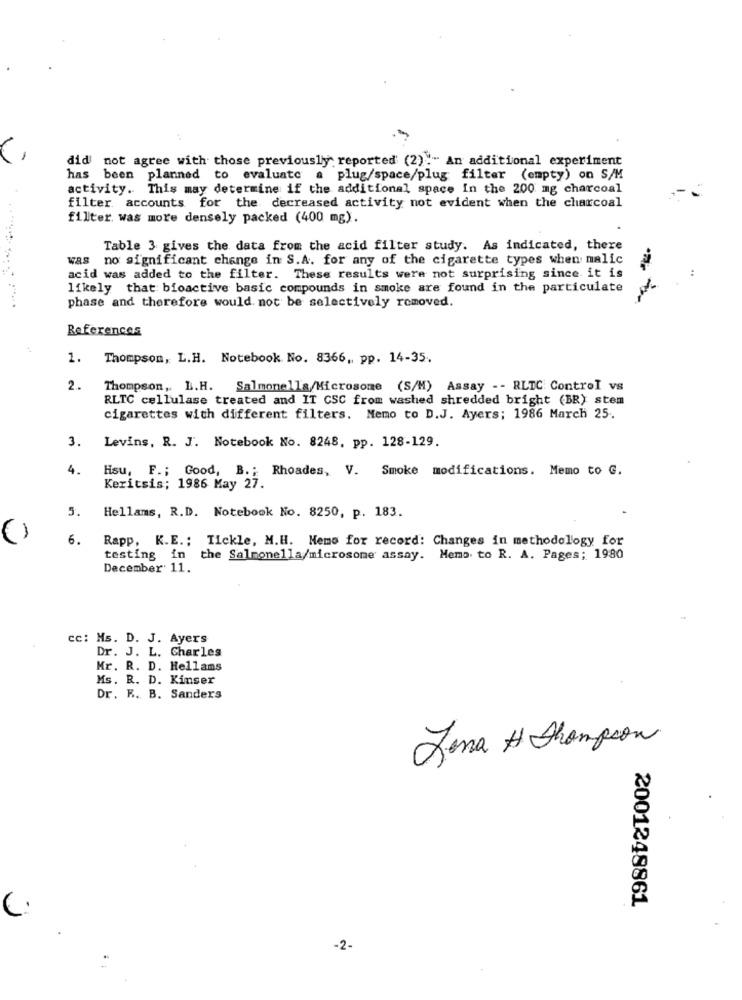
did not agree with those previously reported (2)." An additional experiment
has been planned to evaluate a plug/space/plug filter (empty) on S/M
activity. This may determine if the additional space In the 200 mg charcoal
filter accounts for the decreased activity not evident when the charcoal
filter. was more densely packed (400 mg).
Table 3 gives the data from the acid filter study. As indicated, there
was no significant change in S.A. for any of the cigarette types when malic
..
acid was added to the filter. These results were not surprising since it is
likely that bioactive basic compounds in smoke are found in the particulate
phase and therefore would not be selectively removed.
References
1. Thompson, L.H. Notebook No. 8366, pp. 14-35.
2.
Thompson, L.H. Salmonella/Microsome (S/M) Assay -- RLTC. Control vs
RLTC cellulase treated and IT CSC from washed shredded bright (BR) stem
cigarettes with different filters. Memo to D.J. Ayers; 1986 March 25.
3.
Levins, R. J. Notebook No. 8248, pp. 128-129.
4.
Hsu, F .; Good, B .; Rhoades, V. Smoke modifications. Memo to G.
Keritsis; 1986 May 27.
5.
Hellams, R.D. Notebook No. 8250, p. 183.
()
6.
Rapp, K.E .; Tickle, M.H. Memo for record: Changes in methodology for
testing in
the Salmonella/microsome assay. Memo to R. A. Pages; 1980
December 11.
cc: Ms. D. J. Ayers
Dr. J. L. Charles
Mr. R. D. Hellams
Ms. R. D. Kinser
Dr. R. B. Sanders
Jana H Thompson
2001248861
-2-